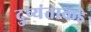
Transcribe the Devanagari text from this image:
दुष्यंताकडे